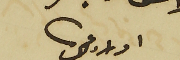
اولاد عمك